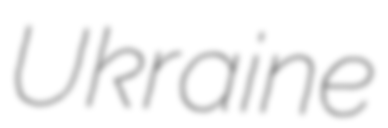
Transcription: Ukraine